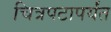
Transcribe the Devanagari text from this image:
चित्रपटापर्यंत